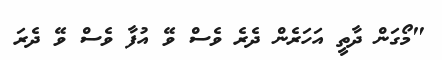
"މޯގަން ދާތީ އަހަރެން ދެރެ ވެސް ވޭ އުފާ ވެސް ވޭ ދެރަ